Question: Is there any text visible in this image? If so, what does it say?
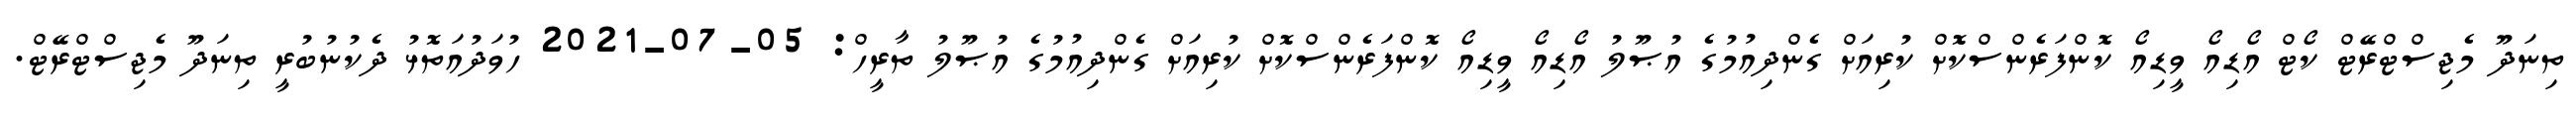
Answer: ތިނަދޫ މެޖިސްޓްރޭޓް ކޯޓް އޯޑިއޯ ވީޑިއޯ ކޮންފަރެންސްކޮށް ކުރިއަށް ގެންދިއުމުގެ އުޞޫލު އޯޑިއޯ ވީޑިއޯ ކޮންފަރެންސްކޮށް ކުރިއަށް ގެންދިއުމުގެ އުޞޫލު ތާރީހް: 05-07-2021 ހުވަދުއަތޮޅު ދެކުނުބުރީ ތިނަދޫ މެޖިސްޓްރޭޓް.